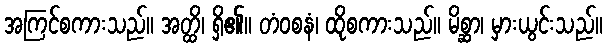
အကြင်စကားသည်။ အတ္ထိ၊ ရှိ၏။ တံဝစနံ၊ ထိုစကားသည်။ မိစ္ဆာ၊ မှားယွင်းသည်။